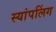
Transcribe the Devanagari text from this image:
स्यांपलिंग